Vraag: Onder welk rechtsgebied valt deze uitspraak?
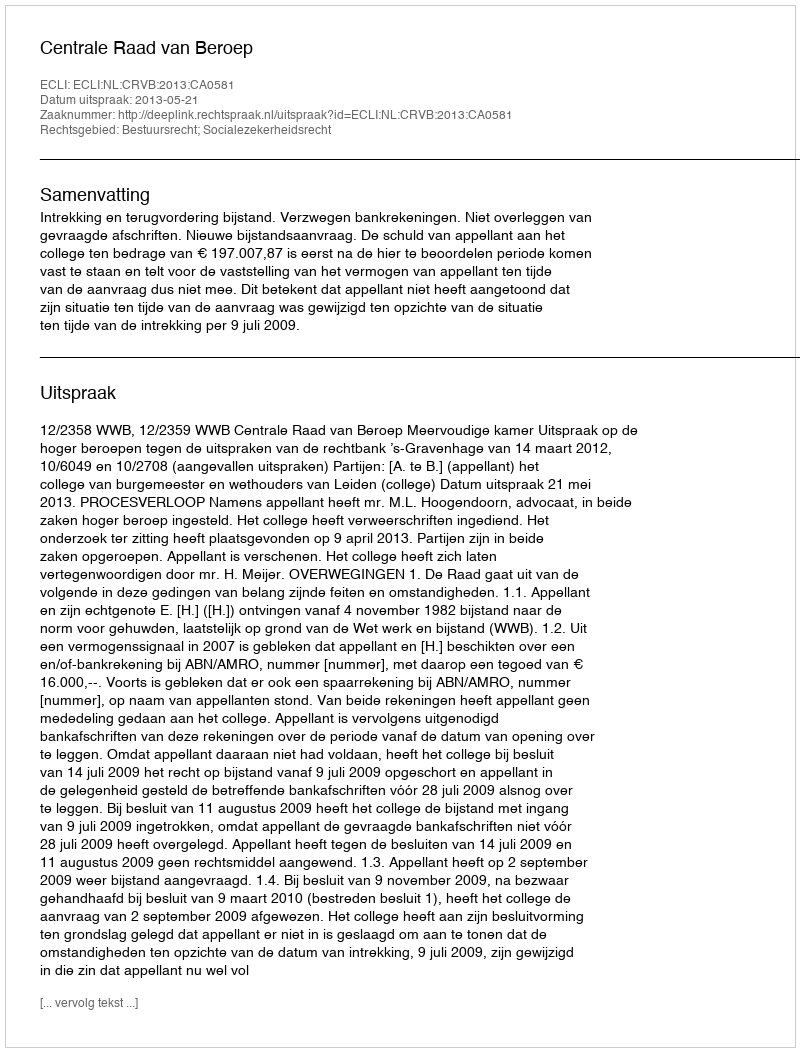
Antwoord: Bestuursrecht; Socialezekerheidsrecht